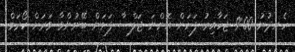
ހެނދުނު 9:00 ޖަހާއިރު ފަށަން އޮންނަ ޖަލްސާ ފަށަން ބޭނުންވާ ވަރަށް ކޯރަމް